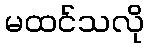
မထင်သလို